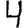
Digit: 4